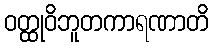
ဝတ္ထုဝိဘူတကာရဏာတိ